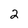
Character: 2